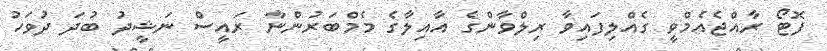
ފޮޓޯ ރާއްޖެއެމްވީ ގެއްލިފައިވާ ރިލްވާންގެ އާއިލާގެ މެމްބަރުންނާ ރައީސް ނަޝީދު ބުދަ ދުވަހު